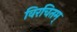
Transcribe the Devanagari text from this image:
विरचितम्